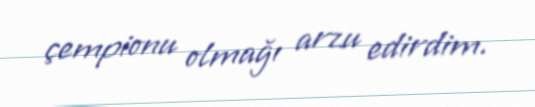
çempionu olmağı arzu edirdim.